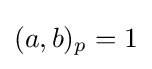
(a,b)_{p}=1